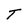
Character: T